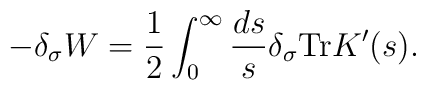
-\delta_\sigma W = \frac12	\int^\infty_0\frac{ds}s\delta_\sigma{\rm Tr} K'(s).